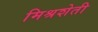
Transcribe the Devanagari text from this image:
मिश्रशेती